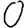
Digit: 0